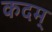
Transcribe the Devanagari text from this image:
कदम्